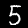
Label: 5